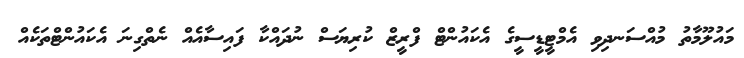
މައުލޫމާތު މުއްސަނދިވި އެމްޓީޑީސީގެ އެކައުންޓް ފްރީޒް ކުރިޔަސް ނުދައްކާ ފައިސާއެއް ނެތްގިނަ އެކައުންޓްތަކެއް